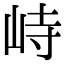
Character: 峙